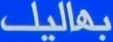
بماليل